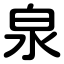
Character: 泉